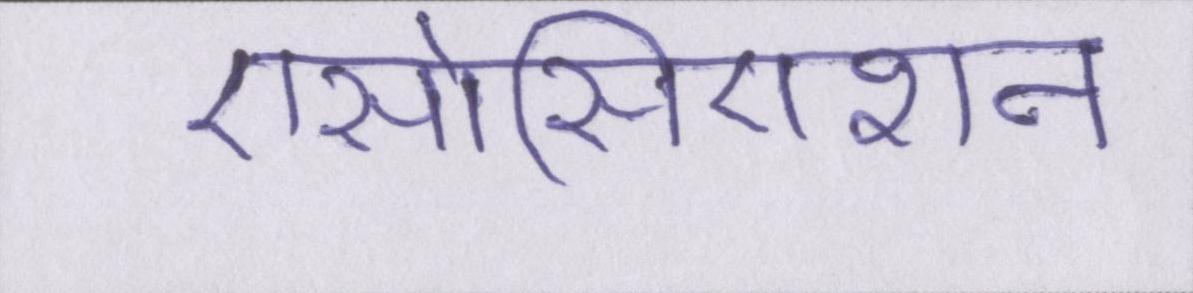
एसोसिएशन